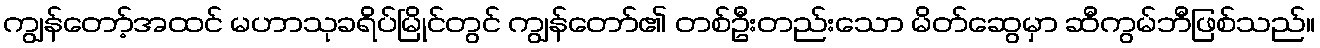
ကျွန်တော့်အထင် မဟာသုခရိပ်မြိုင်တွင် ကျွန်တော်၏ တစ်ဦးတည်းသော မိတ်ဆွေမှာ ဆီကွမ်ဘီဖြစ်သည်။